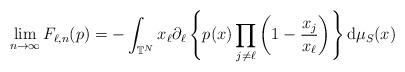
LaTeX: \begin{gather*}\lim_{n\rightarrow\infty}F_{\ell,n}(p) =-\int_{\mathbb{T}^{N}}x_{\ell}\partial_{\ell}\left\{ p(x) \prod\limits_{j\neq\ell}\left( 1-\frac{x_{j}}{x_{\ell}}\right) \right\} \mathrm{d}\mu_{S}(x)\end{gather*}